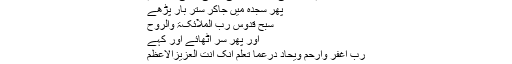
اَلّٰھُمَ صلِّ عَلٰی مُحَمَدٍ ن النّٰبِیّ الامُیِّ وَعَلٰی اٰلِہ وَسَلَّم
پھر سجدہ میں جاکر ستر بار پڑھے
سُبُّحٌ قُدُّوسٌ رَبُّ المَلآئِکَۃِ وَالرُّوحِ
اور پھر سر اٹھائے اور کہے
رَبِّ اغفِر وَارحَم وَیحَادَ دَرُعَّمَا تَعلَم اِنَّکَ اَنتَ العَزِیزُالاَعظَم
ستر مرتبہ پھر دوسرا سجدہ اسی طرح کرے۔